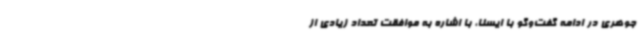
جوهری در ادامه گفت‌وگو با ایسنا، با اشاره به موافقت تعداد زیادی از